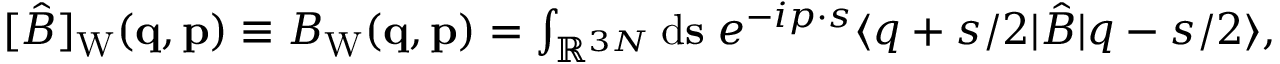
\begin{array} { r } { [ \hat { B } ] _ { \mathrm { W } } ( \ensuremath { \mathbf { q } } , \ensuremath { \mathbf { p } } ) \equiv B _ { \mathrm { W } } ( \ensuremath { \mathbf { q } } , \ensuremath { \mathbf { p } } ) = \int _ { \mathbb { R } ^ { 3 N } } \ensuremath { \mathrm { d } } \ensuremath { \mathbf { s } } \; e ^ { - i \b { p } \cdot \b { s } } \ensuremath { \langle \b { q } + \b { s } / 2 \vert } \hat { B } \ensuremath { \vert \b { q } - \b { s } / 2 \rangle } , } \end{array}